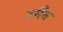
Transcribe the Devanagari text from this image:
टर्मैन